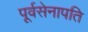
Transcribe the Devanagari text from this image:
पूर्वसेनापति